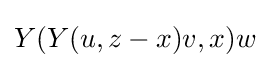
Y(Y(u,z-x)v,x)w